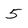
Character: 5